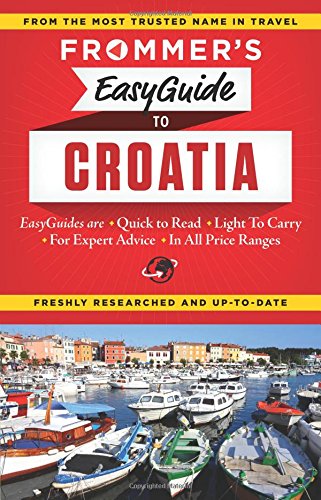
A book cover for Frommer's EasyGuide to Croatia (Easy Guides); Jane Foster; Travel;